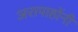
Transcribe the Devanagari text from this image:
अरापाहोंनी